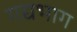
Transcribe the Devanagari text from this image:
गद्यभाग